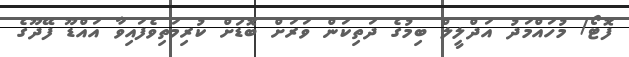
ފޮޓޯ/ މުހައްމަދު އަދްލީލް ބިމުގެ ދަތިކަން ވަރަށް ބޮޑަށް ކުރިމަތިވެފައިވާ އައްޑޫ ފޭދޫގެ